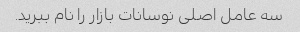
سه عامل اصلی نوسانات بازار را نام ببرید.